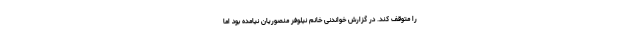
را متوقف کند. در گزارش خواندنی خانم نیلوفر منصوریان نیامده بود اما